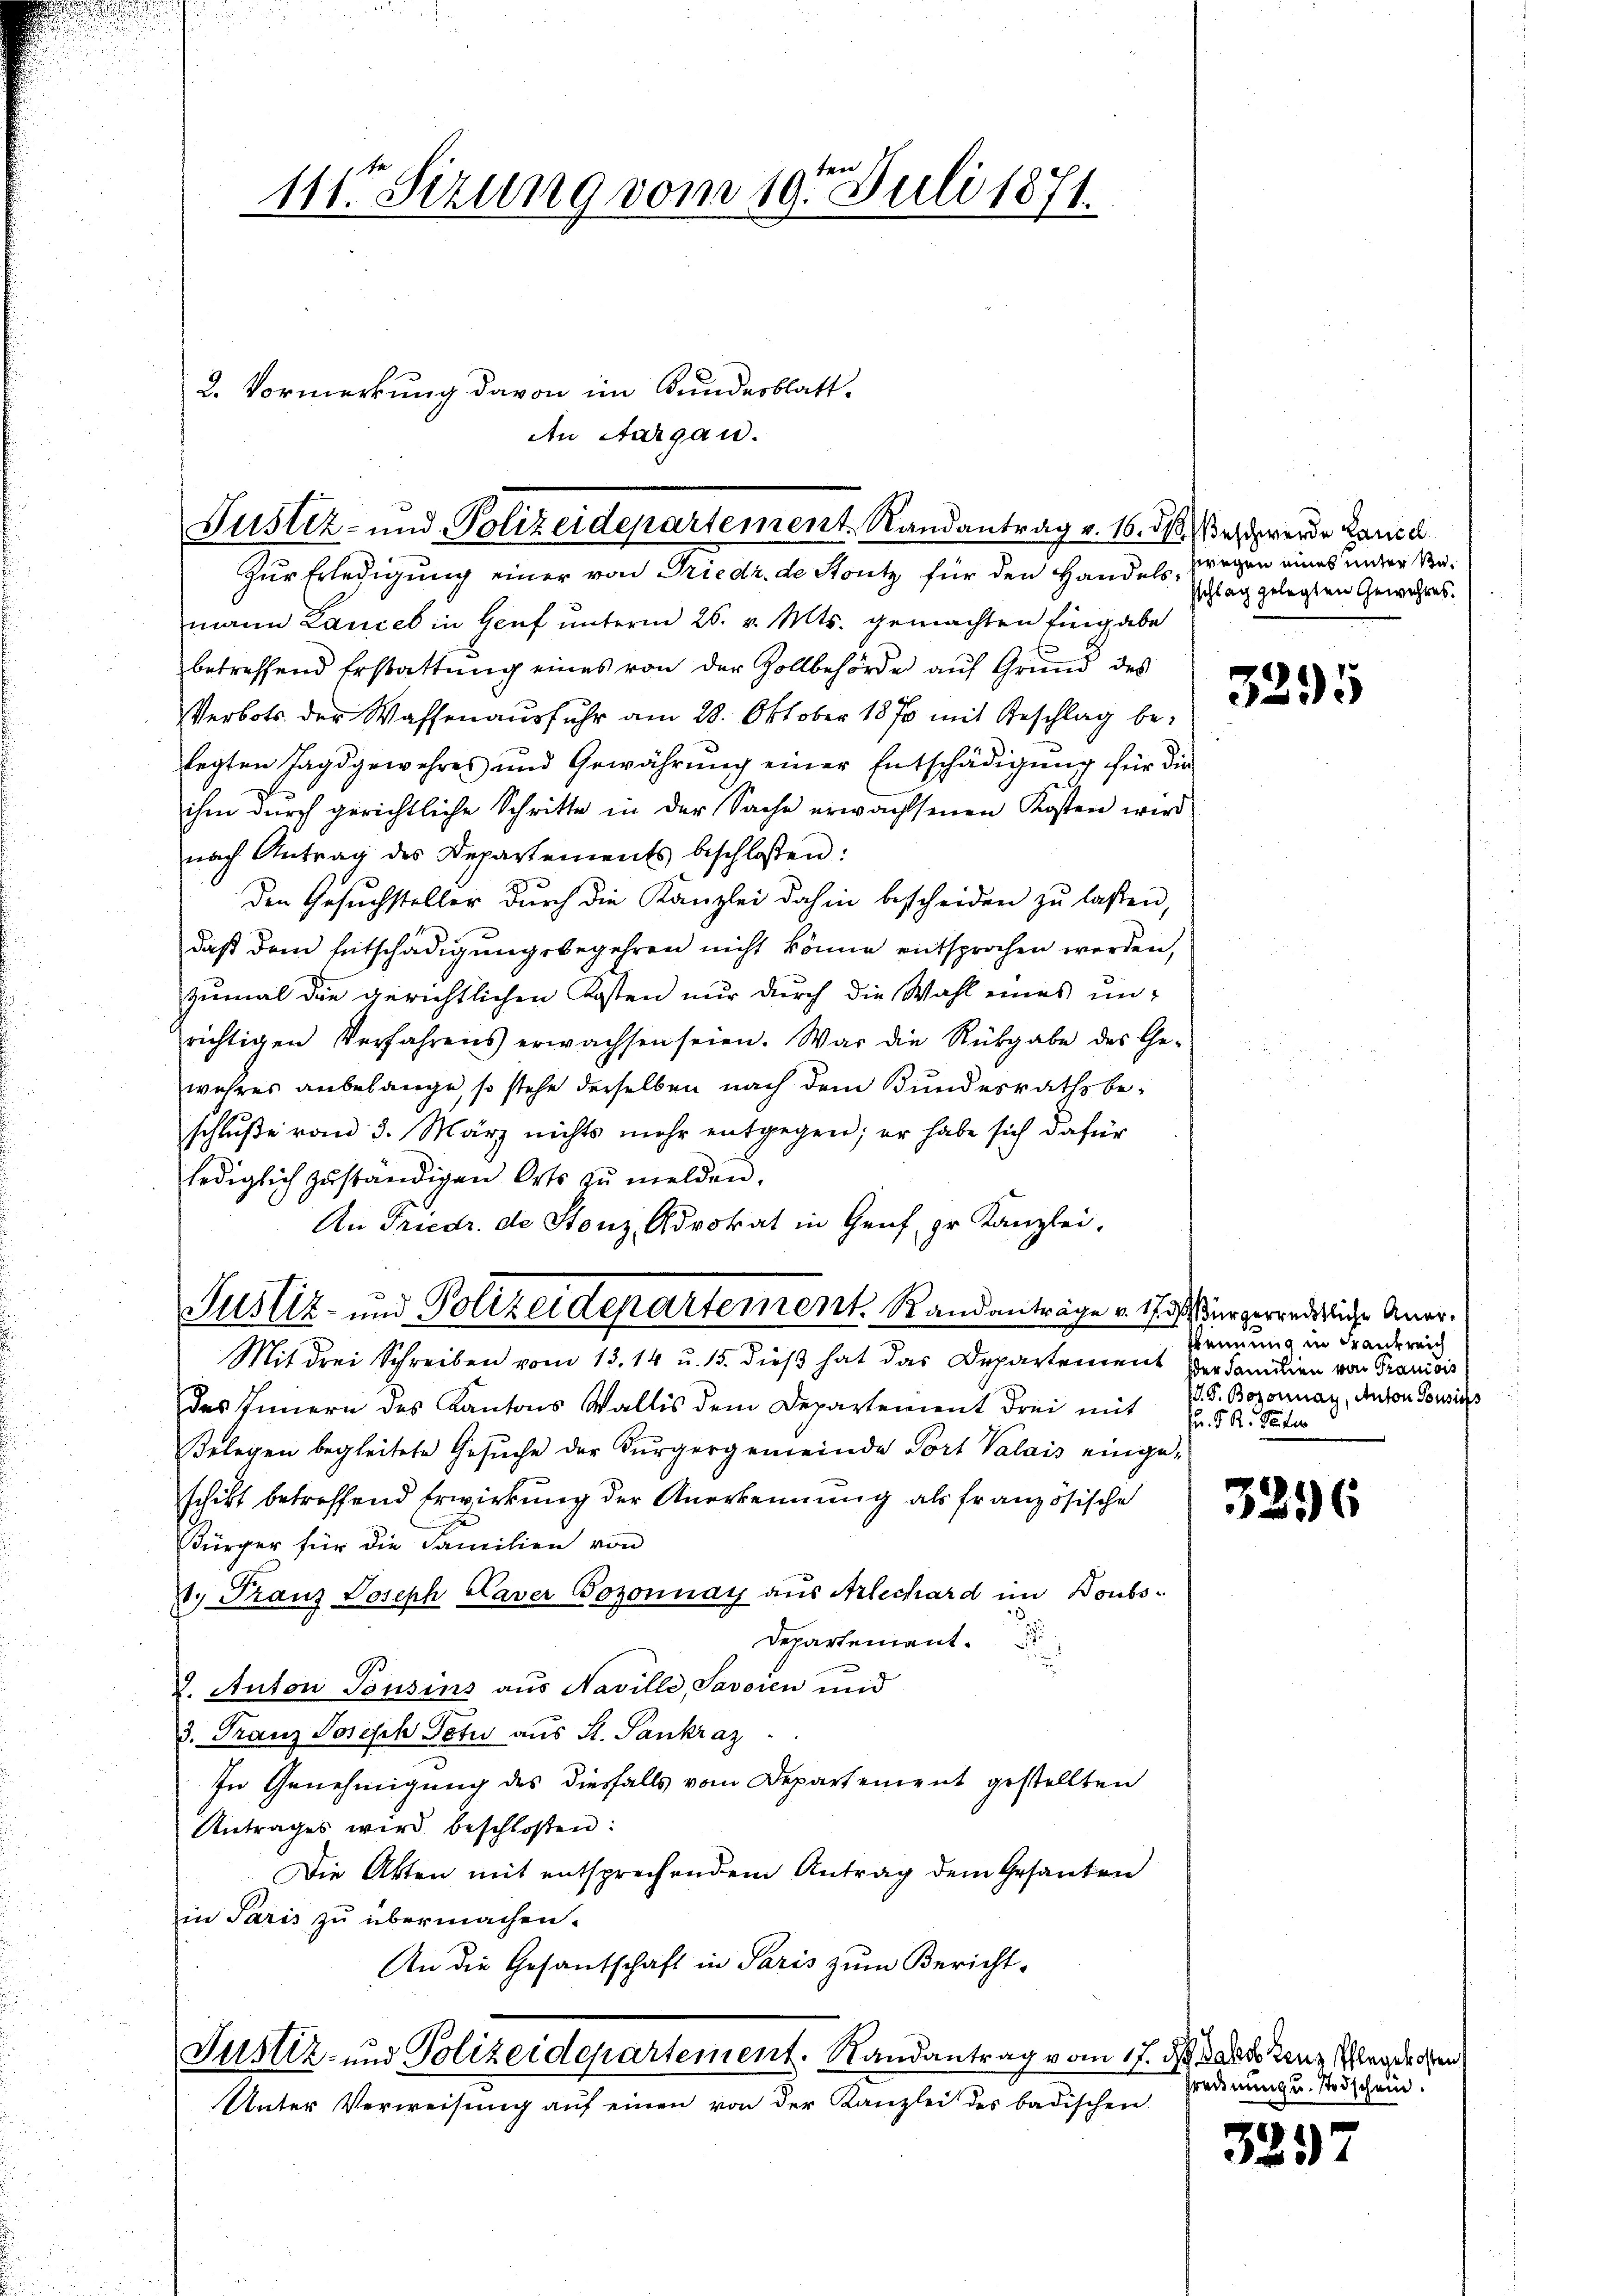
mann Landel in Genf unterm 26. v. Mts. gemachten Eingabe
betreffend Erstattŭng eines von der Zollbehörde aŭf Grund des
Verbots der Wassenausfuhr am 28. Oktober 1870 mit Geschlag belegten Jagdgewehres und Gewährŭng einer Entschädigŭng für die
ihm durch gerichtliche Schritte in der Sache erwachsenen Kosten wird
nach Antrag des Departements beschlossen:
den Gesuchsteller durch die Kanzlei dahin bescheiden zŭ lassen,
daß dem Entschädigungsbegehren nicht könne entsprochen werden,
zumal die gerichtlichen Kosten nur durch die Wahl eines unrichtigen Verfahrens erwachsen seien. War die Rückgabe des Ge-
wahres anbelange, so stehe derselben nach dem Bundesrathsbeschluße vom 3. März nichts mehr entgegen; er habe sich dafür
lediglich zuständigen Orts zu melden.
An Friedr. de Stonz, Advokat in Genf pr. Kanzlei.
Mit drei Schreiben vom 13. 14 u. 15. dieß hat das Departement Verfamilien von Granidis
des Innern des Kantons Wallis dem Departement drei mit P. F. Boronay, Anton Tonsis
Belegen begleitete Gesuche der Bürgergemeinde Port Valais eingeschikt betreffend Erwirkung der Anerkennung als französische
Bürger für die Familien von
2. Franz Joseph Caver Gozonnay aus Arlechard im Doubs-
.
Departement.
2. Anton Tonsins aus Naville, Savoren und
3. Franz Joseph Tetu aus St. Sankraz
In Genehmigung des diesfalls vom Departement gestellten
Antrages wird beschloßen:
Die Akten mit entsprechendem Antrag dem Gesanten
in Paris zu übermachen.
An die Gesantschaft in Paris zum Bericht-
Justiz- und Polizeidepartement. Randantrag vom 17. ds. dato tenz Magdechen
Unter Verweisung auf einen von der Kanzlei des badischen

Fustiz- und Polizeidepartement Randantrag v. 16. d. Beschwerde Lanzel
Zur Erledigung einer von Friedr. de Stutz für den Handels, wegen eines unter Ka¬

e
111 Sizung vom 19. Juli 1871.

2. Vormerkung davon im Kundesblatt.
An Aargau.

Justiz- und Polizeidepartement. Randanträge v. 17. ds Bürgerredetliche Aner¬

schlag gelegten Gewehres.

3295

kennung in Frankreich
(. d. R. Peter

3296

Grednung u. Todschein.

325)